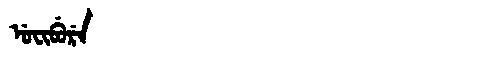
Manchu: ᡠᠸᡳᠪᡠᡵᡝ
Romanization: UFIBURE